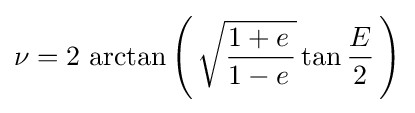
\nu =2\,\operatorname {arctan} \left(\,{\sqrt {{1+e\,} \over {1-e\,}}}\tan {E \over 2}\,\right)